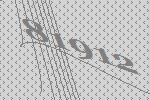
81912